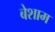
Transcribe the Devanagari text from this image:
बेशाम